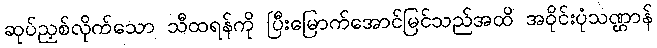
ဆုပ်ညှစ်လိုက်သော သီထရန်ကို ပြီးမြောက်အောင်မြင်သည်အထိ အဝိုင်းပုံသဏ္ဌာန်